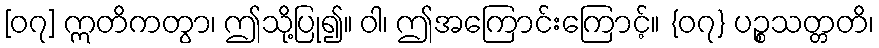
[၀၇] ဣတိကတွာ၊ ဤသို့ပြု၍။ ဝါ၊ ဤအကြောင်းကြောင့်။ {၀၇} ပဉ္စသတ္တတိ၊